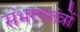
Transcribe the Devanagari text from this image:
संभरणतंत्रों